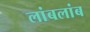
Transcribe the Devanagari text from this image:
लांबलांब